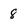
Character: 8